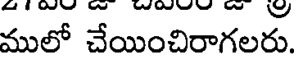
ములో చేయించిరాగలరు.